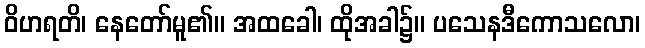
ဝိဟရတိ၊ နေတော်မူ၏။ အထခေါ၊ ထိုအခါ၌။ ပသေနဒီကောသလော၊